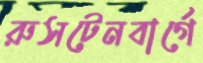
রুসটেনবার্গে